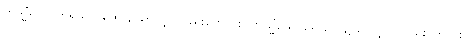
တသ္မိံယေဝဣရိယာပထေ၊ ၌သာလျှင်လည်းကောင်း။ တသ္မိံယေဝရောဂေ၊ ၌သာလျှင် လည်းကောင်း။